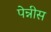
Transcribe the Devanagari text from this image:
पेन्नीस